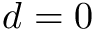
d = 0